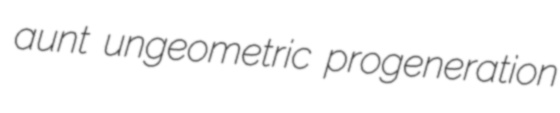
aunt ungeometric progeneration